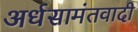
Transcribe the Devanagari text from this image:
अर्धसामंतवादी